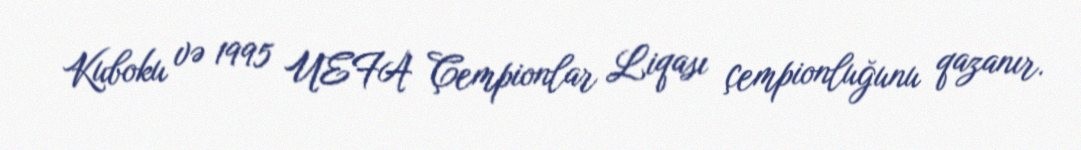
Kuboku və 1995 UEFA Çempionlar Liqası çempionluğunu qazanır.